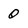
Character: O